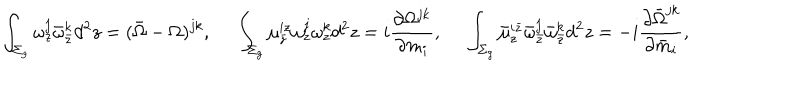
\int _ { \Sigma _ { g } } \omega _ { z } ^ { j } \bar { \omega } _ { \bar { z } } ^ { k } d ^ { 2 } z = ( \bar { \Omega } - \Omega ) ^ { j k } , \quad \, \, \int _ { \Sigma _ { g } } \mu _ { \bar { z } } ^ { i z } \omega _ { z } ^ { j } \omega _ { z } ^ { k } d ^ { 2 } z = i { \frac { \partial \Omega ^ { j k } } { \partial m _ { i } } } , \quad \, \, \int _ { \Sigma _ { g } } \bar { \mu } _ { z } ^ { i \bar { z } } \bar { \omega } _ { \bar { z } } ^ { j } \bar { \omega } _ { \bar { z } } ^ { k } d ^ { 2 } z = - i { \frac { \partial \bar { \Omega } ^ { j k } } { \partial \bar { m } _ { i } } } ,